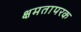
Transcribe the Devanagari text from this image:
क्षमतापरक